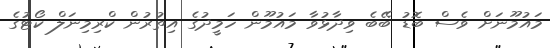
މައުމޫނަށް ވެސް ބޮޑު ބޭބެ ވިދާޅުވާ މައުމޫން ހަމީދުގެ އިތުރުން ކްރިމިނަލް ކޯޓުގެ